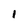
Character: 1